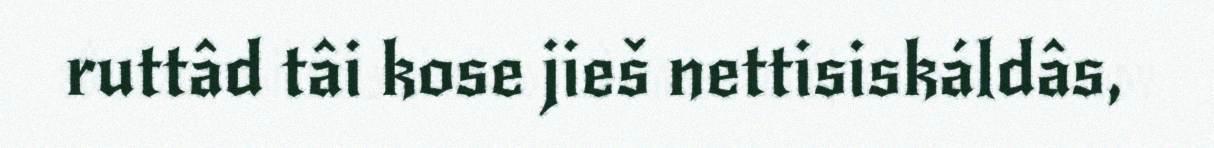
ruttâd tâi kose jieš nettisiskáldâs,